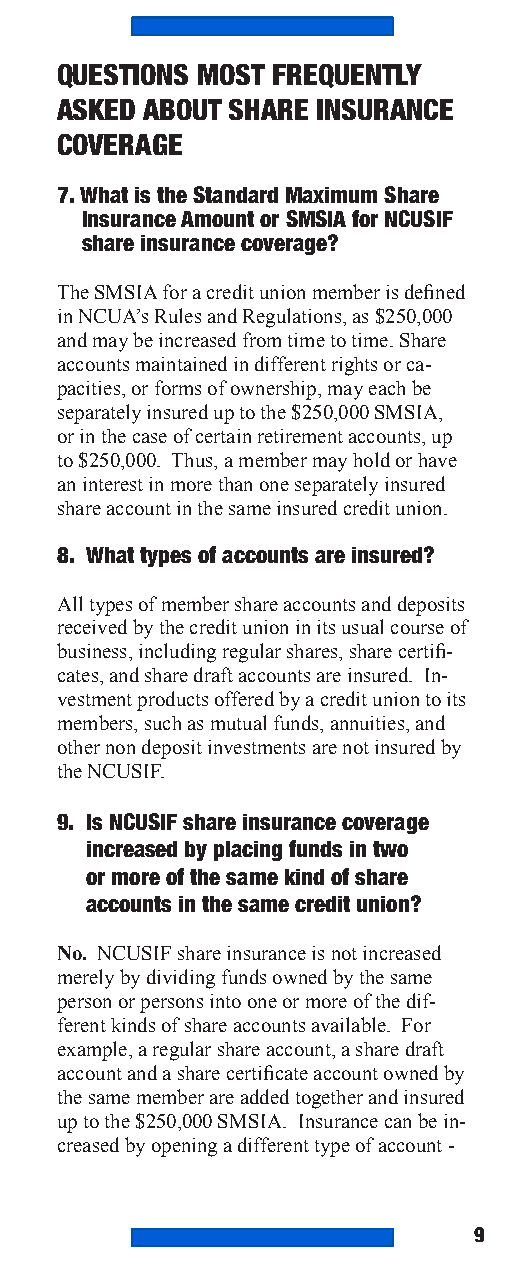
QUESTIONS MOST FREQUENTLY
 ASKED ABOUT SHARE INSURANCE
 COVERAGE
 7. What is the Standard Maximum Share
 Insurance Amount or SMSIA for NCUSIF
 share insurance coverage?
 The SMSIA for a credit union member is defined
 in NCUA’s Rules and Regulations, as $250,000
 and may be increased from time to time. Share
 accounts maintained in different rights or ca-
 pacities, or forms of ownership, may each be
 separately insured up to the $250,000 SMSIA,
 or in the case of certain retirement accounts, up
 to $250,000. Thus, a member may hold or have
 an interest in more than one separately insured
 share account in the same insured credit union.
 8. What types of accounts are insured?
 All types of member share accounts and deposits
 received by the credit union in its usual course of
 business, including regular shares, share certifi-
 cates, and share draft accounts are insured. In-
 vestment products offered by a credit union to its
 members, such as mutual funds, annuities, and
 other non deposit investments are not insured by
 the NCUSIF.
 9. Is NCUSIF share insurance coverage
 increased by placing funds in two
 or more of the same kind of share
 accounts in the same credit union?
 No. NCUSIF share insurance is not increased
 merely by dividing funds owned by the same
 person or persons into one or more of the dif-
 ferent kinds of share accounts available. For
 example, a regular share account, a share draft
 account and a share certificate account owned by
 the same member are added together and insured
 up to the $250,000 SMSIA. Insurance can be in-
 creased by opening a different type of account -
 9